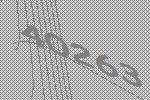
40263